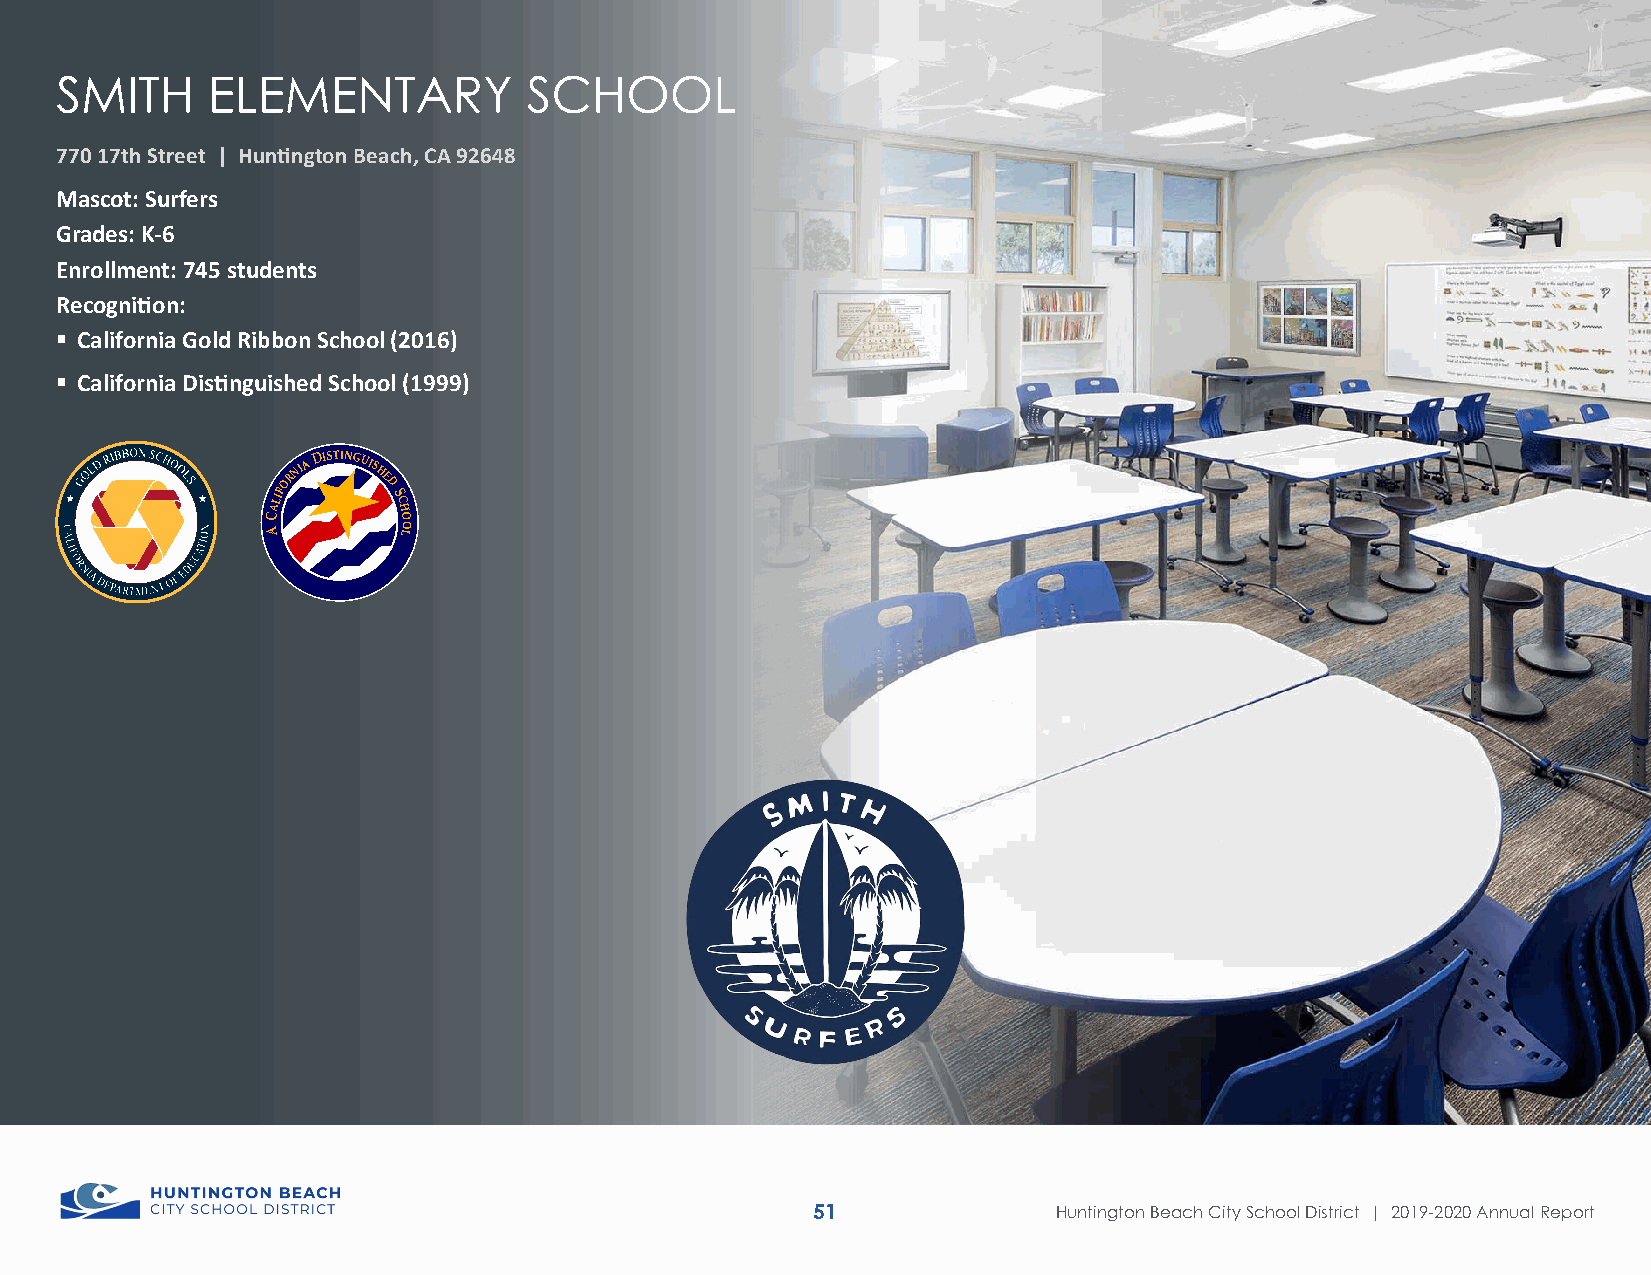
SMITH     ELEMENTARY           SCHOOL
 770 17th Street | Huntington Beach, CA 92648
 Mascot: Surfers
 Grades: K-6
 Enrollment: 745 students
 Recognition:
  California Gold Ribbon School (2016)
  California Distinguished School (1999)
 ALIFORNIA
 DISTINGUISHE
 D
 SC
 H
 C       O
 A       LO
 Phase 2 Cash Flow
 Total Project Cost Budget
 51              Huntington Beach City School District | 2019-2020 Annual Report